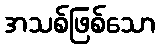
အသစ်ဖြစ်သော